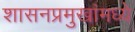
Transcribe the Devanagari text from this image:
शासनप्रमुखांमध्ये